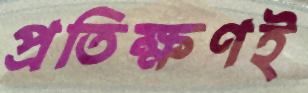
প্রতিক্ষণই